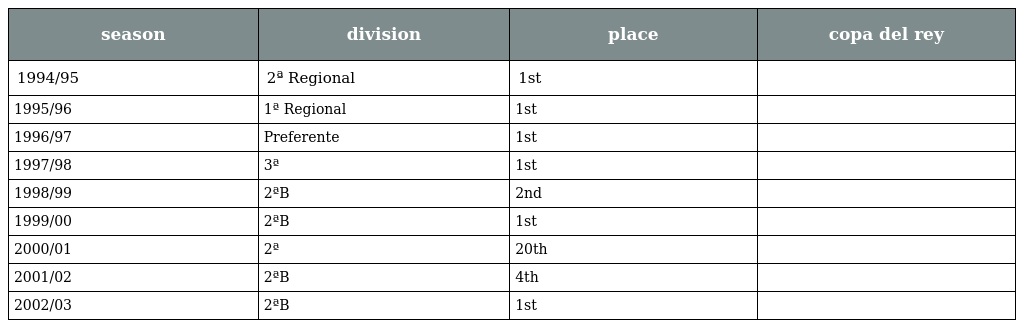
| season | division | place | copa del rey |
 | --- | --- | --- | --- |
 | 1994/95 | 2ª Regional | 1st |  |
 | 1995/96 | 1ª Regional | 1st |  |
 | 1996/97 | Preferente | 1st |  |
 | 1997/98 | 3ª | 1st |  |
 | 1998/99 | 2ªB | 2nd |  |
 | 1999/00 | 2ªB | 1st |  |
 | 2000/01 | 2ª | 20th |  |
 | 2001/02 | 2ªB | 4th |  |
 | 2002/03 | 2ªB | 1st |  |